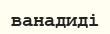
ванадиді